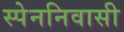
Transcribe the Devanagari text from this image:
स्पेननिवासी